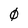
Character: 0